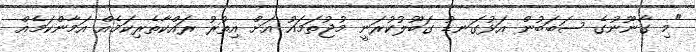
"މި ގާނޫނުގެ ސަބަބުން އަޅުގަނޑު ގަބޫލުކުރަނީ މުޖުތަމައު އަށް އިތުރު ރައްކާތެރިކަމެއް އަމާންކަމެއް